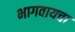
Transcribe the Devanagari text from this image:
भागवायचा